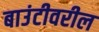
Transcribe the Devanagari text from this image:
बाउंटीवरील